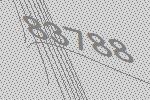
83788